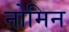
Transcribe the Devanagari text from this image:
नोमिन